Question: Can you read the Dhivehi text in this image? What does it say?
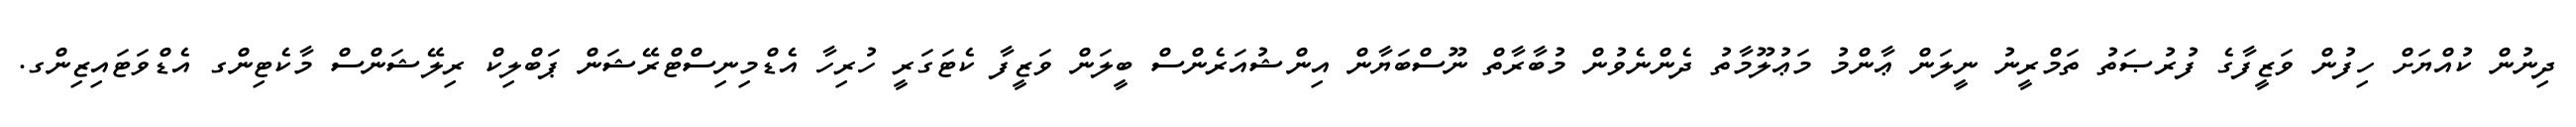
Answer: ދިނުން ކުއްޔަށް ހިފުން ވަޒީފާގެ ފުރުޞަތު ތަމްރީނު ނީލަން ޢާންމު މަޢުލޫމާތު ދެންނެވުން މުބާރާތް ނޫސްބަޔާން އިންޝުއަރެންސް ބީލަން ވަޒީފާ ކެޓަގަރީ ހުރިހާ އެޑްމިނިސްޓްރޭޝަން ޕަބްލިކް ރިލޭޝަންސް މާކެޓިންގ އެޑްވަޓައިޒިންގ.